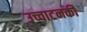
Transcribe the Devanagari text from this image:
उच्चाटनकी